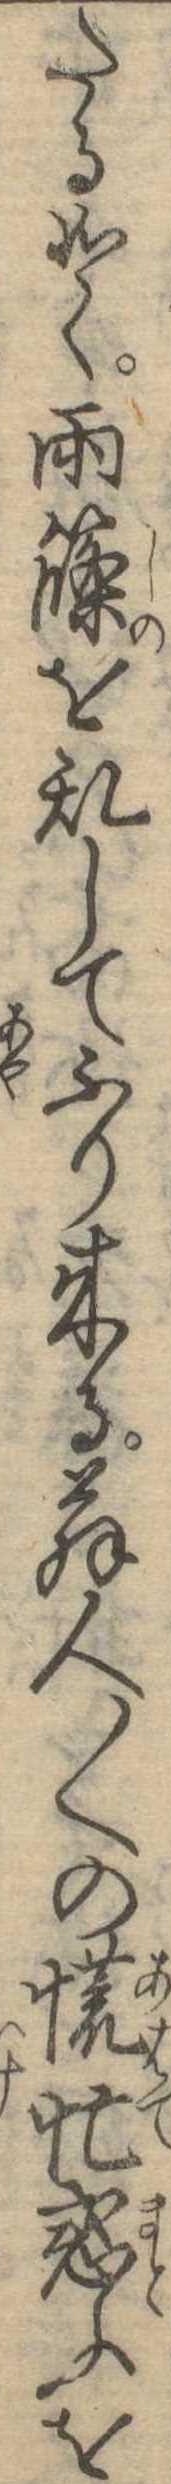
たる如く雨篠を乱してふり来る翁人〱の慌忙惑ふを